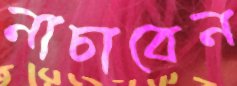
নাচাবেন